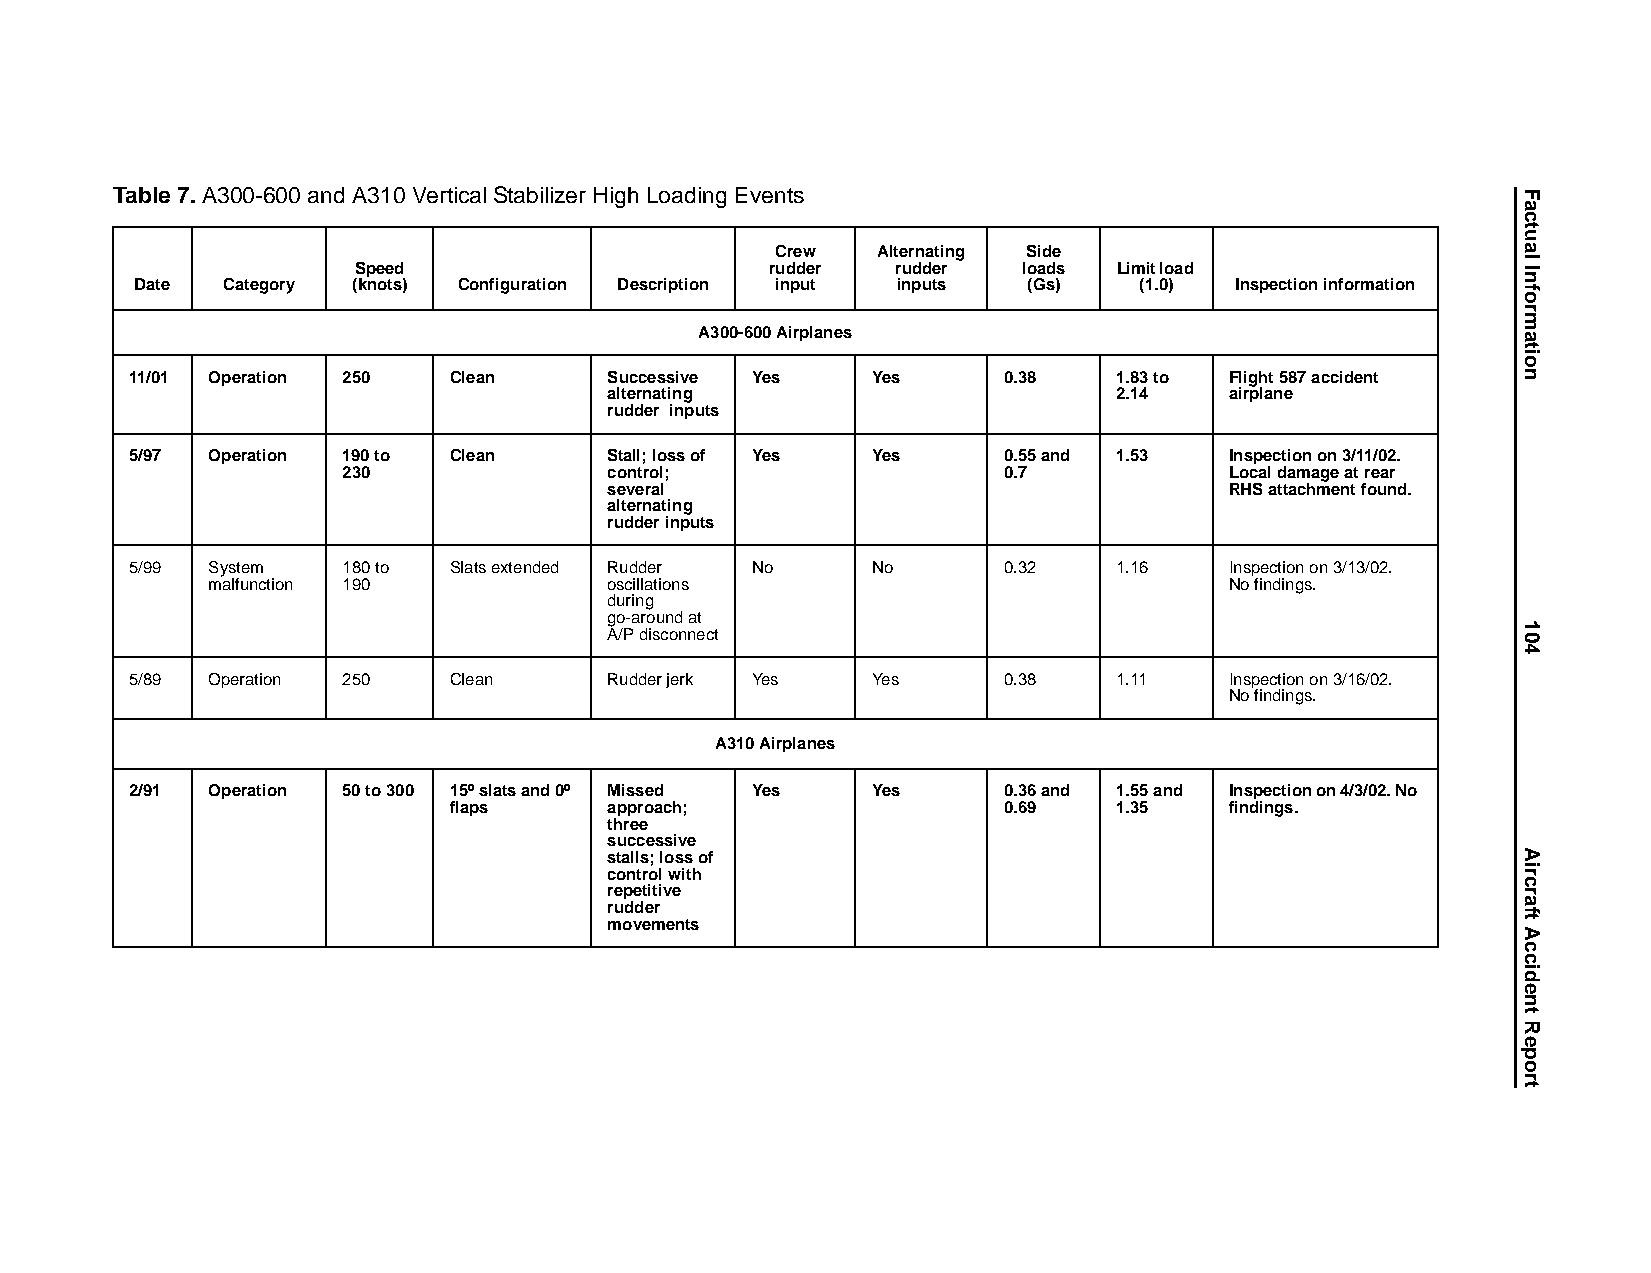
Table 7. A300-600 and A310 Vertical Stabilizer High Loading Events
 Crew   Alternating Side
 Speed                       rudder  rudder   loads Limit load
 Date  Category (knots) Configuration Description input inputs (Gs) (1.0) Inspection information
 A300-600 Airplanes
 11/01 Operation 250  Clean     Successive Yes    Yes     0.38    1.83 to Flight 587 accident
 alternating                       2.14   airplane
 rudder inputs
 5/97 Operation 190 to Clean    Stall; loss of Yes Yes    0.55 and 1.53  Inspection on 3/11/02.
 230              control;                  0.7            Local damage at rear
 several                                  RHS attachment found.
 alternating
 rudder inputs
 5/99 System   180 to Slats extended Rudder No    No      0.32    1.16   Inspection on 3/13/02.
 malfunction 190           oscillations                             No findings.
 during
 go-around at
 A/P disconnect
 5/89 Operation 250   Clean     Rudder jerk Yes   Yes     0.38    1.11   Inspection on 3/16/02.
 No findings.
 A310 Airplanes
 2/91 Operation 50 to 300 15º slats and 0º Missed Yes Yes 0.36 and 1.55 and Inspection on 4/3/02. No
 flaps     approach;                 0.69    1.35   findings.
 three
 successive
 stalls; loss of
 control with
 repetitive
 rudder
 movements
 Factual
 Information
 104
 AircraftAccidentReport